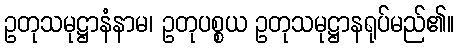
ဥတုသမုဋ္ဌာနံနာမ၊ ဥတုပစ္စယ ဥတုသမုဋ္ဌာနရုပ်မည်၏။